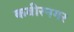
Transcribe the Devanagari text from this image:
कबीरनगर